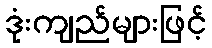
ဒုံးကျည်များဖြင့်